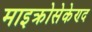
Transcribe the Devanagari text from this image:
माइक्रोसेकेण्द